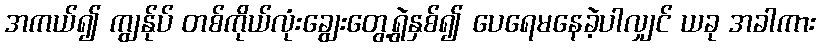
အကယ်၍ ကျွန်ုပ် တစ်ကိုယ်လုံးချွေးတွေ့ရွဲနှစ်၍ ပေရေမနေခဲ့ပါလျှင် ယခု အခါကား